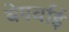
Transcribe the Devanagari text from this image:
बेपर्वाई